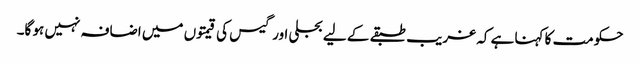
حکومت کا کہنا ہے کہ غریب طبقے کے لیے بجلی اور گیس کی قیمتوں میں اضافہ نہیں ہو گا۔